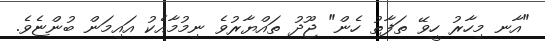
"އާނ މިހާރު ހީވޭ ތަފާތު ހެން" ޖޫދު ތައްޔާރުވެ ނިމުމާއެކު އައިމަން ބުންޏެވެ.